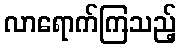
လာရောက်ကြသည့်